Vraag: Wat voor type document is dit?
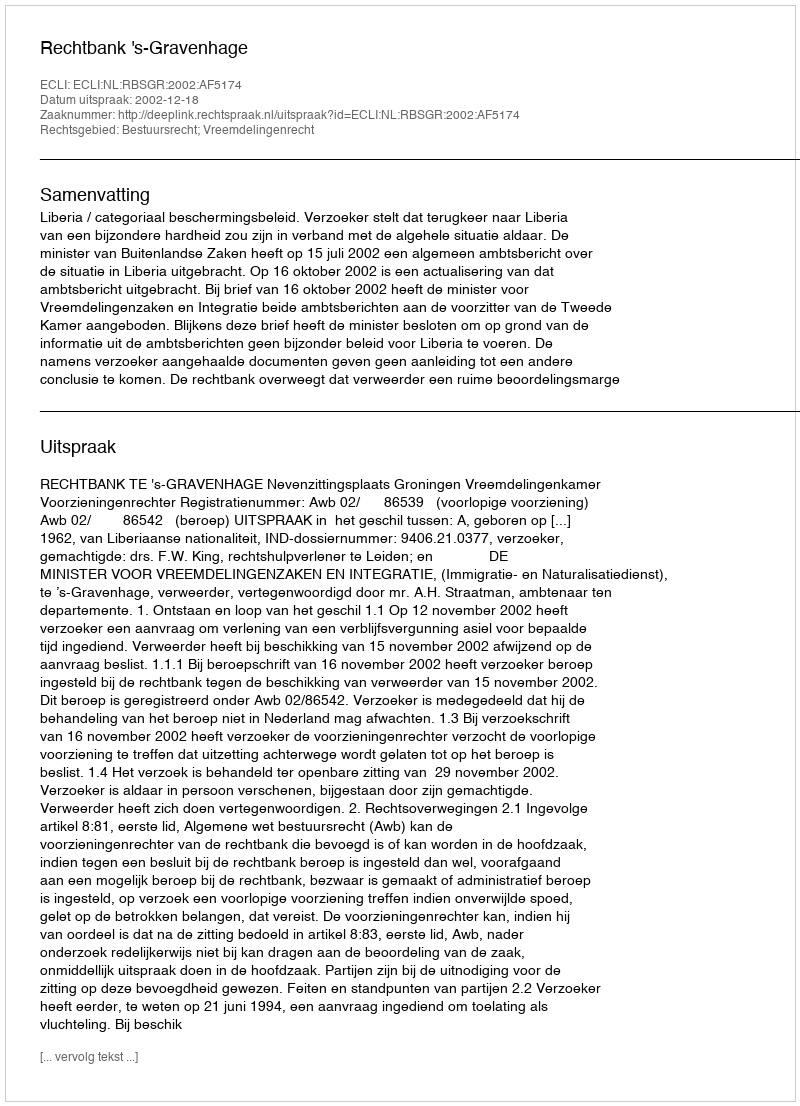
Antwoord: Uitspraak